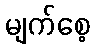
မျက်စေ့